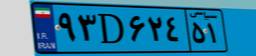
۹۳D۶۲۴۵۱